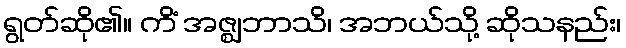
ရွတ်ဆို၏။ ကိံ အဇ္ဈဘာသိ၊ အဘယ်သို့ ဆိုသနည်း၊